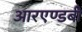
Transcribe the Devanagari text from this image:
आरएण्डबी